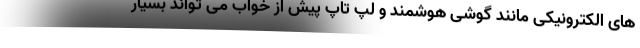
های الکترونیکی مانند گوشی هوشمند و لپ تاپ پیش از خواب می تواند بسیار